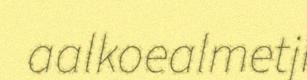
aalkoealmetji